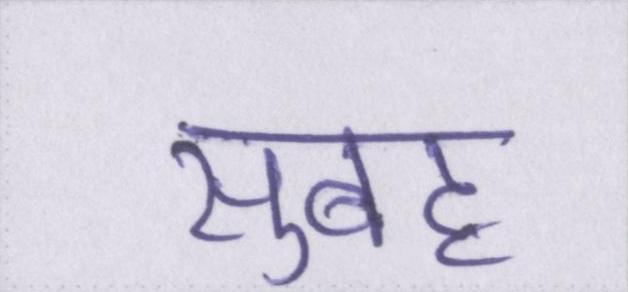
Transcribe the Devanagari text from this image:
सुबह